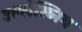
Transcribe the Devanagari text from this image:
उल्लेख्निय